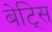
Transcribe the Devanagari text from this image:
बेट्सि